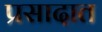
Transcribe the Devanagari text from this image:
प्रसादात